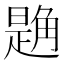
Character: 𧤘